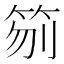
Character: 𥬼